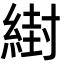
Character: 䋽